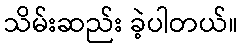
သိမ်းဆည်း ခဲ့ပါတယ်။